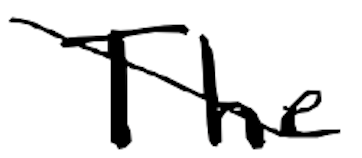
Text: The
Cross-out: diagonal
Writing tool: digital_black